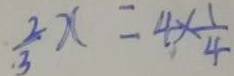
\frac { 2 } { 3 } x = 4 \times \frac { 1 } { 4 }